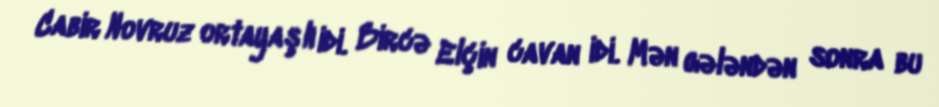
Cabir Novruz ortayaşlı idi. Bircə Elçin cavan idi. Mən gələndən sonra bu